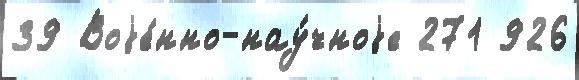
39 Воjе́нно-нау́чноjе 271 926